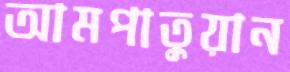
আমপাতুয়ান